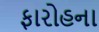
ફારોહના